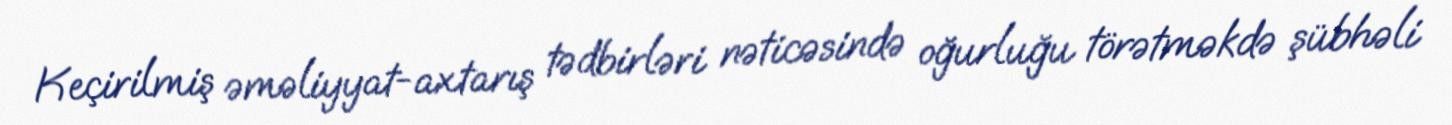
Keçirilmiş əməliyyat-axtarış tədbirləri nəticəsində oğurluğu törətməkdə şübhəli